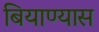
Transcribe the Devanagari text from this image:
बियाण्यास